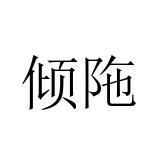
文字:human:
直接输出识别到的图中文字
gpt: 倾陁